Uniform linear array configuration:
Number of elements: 16
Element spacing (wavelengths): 0.75
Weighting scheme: uniform
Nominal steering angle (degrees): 0
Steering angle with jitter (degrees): -0.3976
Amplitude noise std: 0.05
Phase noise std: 0.05

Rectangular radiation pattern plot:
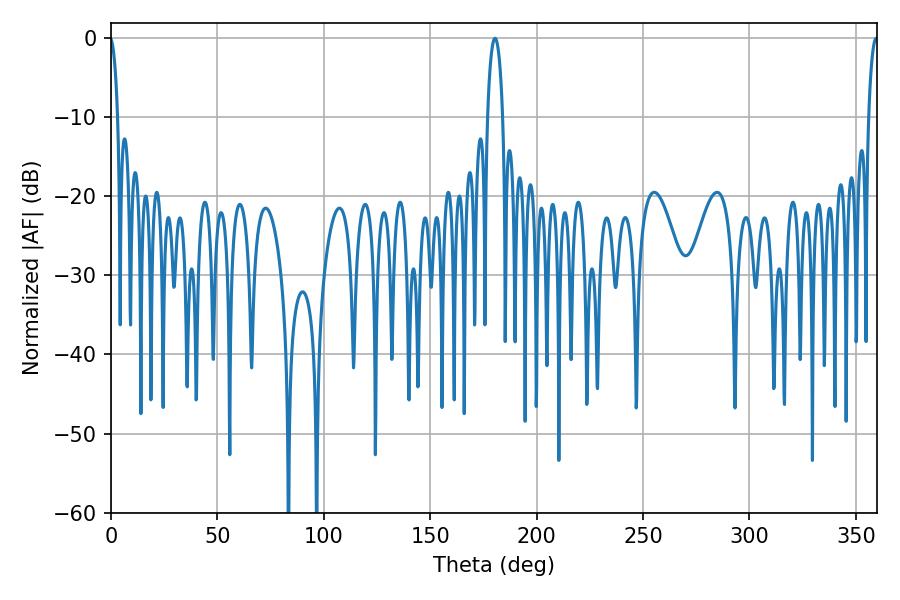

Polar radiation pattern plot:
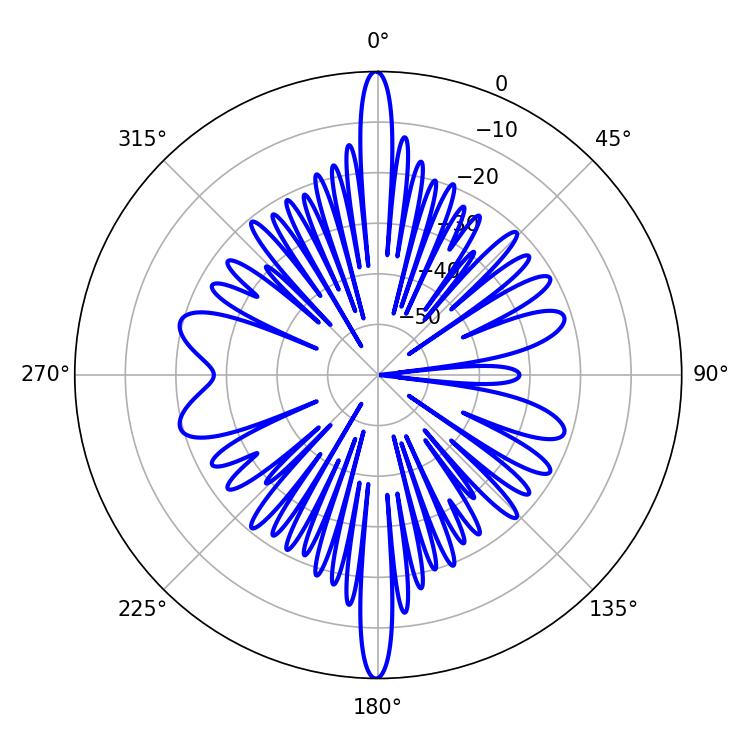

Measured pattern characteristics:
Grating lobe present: TRUE
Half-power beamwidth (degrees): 4.14
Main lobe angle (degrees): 180.36